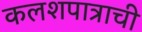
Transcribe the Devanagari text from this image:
कलशपात्राची